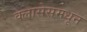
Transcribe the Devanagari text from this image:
क्लासेसमधून